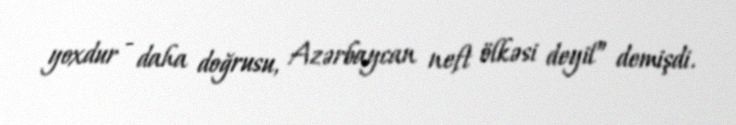
yoxdur - daha doğrusu, Azərbaycan neft ölkəsi deyil” demişdi.